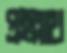
প্রহল্লাথ